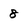
Character: 8